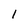
Character: I